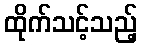
ထိုက်သင့်သည့်